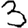
Digit: 3